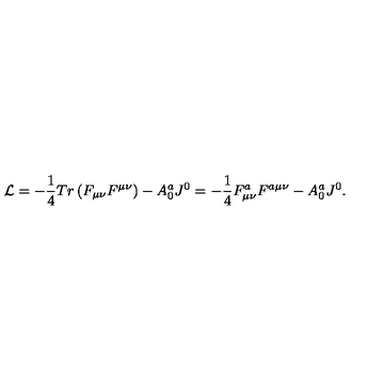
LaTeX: { \cal L } = - \frac { 1 } { 4 } T r \left( { F _ { \mu \nu } F ^ { \mu \nu } } \right) - A _ { 0 } ^ { a } J ^ { 0 } = - \frac { 1 } { 4 } F _ { \mu \nu } ^ { a } F ^ { a \mu \nu } - A _ { 0 } ^ { a } J ^ { 0 } .